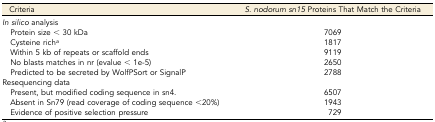
<table><thead><tr><td><b>Criteria</b></td><td><b><i>S. nodorum sn15</i> Proteins That Match the Criteria</b></td></tr></thead><tbody><tr><td><i>In silico</i> analysis</td><td></td></tr><tr><td> Protein size &lt; 30 kDa</td><td>7069</td></tr><tr><td> Cysteine rich<i><sup>a</sup></i></td><td>1817</td></tr><tr><td> Within 5 kb of repeats or scaffold ends</td><td>9119</td></tr><tr><td> No blasts matches in nr (evalue &lt; 1e-5)</td><td>2650</td></tr><tr><td> Predicted to be secreted by WolfPSort or SignalP</td><td>2788</td></tr><tr><td>Resequencing data</td><td></td></tr><tr><td> Present, but modified coding sequence in sn4.</td><td>6507</td></tr><tr><td> Absent in Sn79 (read coverage of coding sequence &lt;20%)</td><td>1943</td></tr><tr><td> Evidence of positive selection pressure</td><td>729</td></tr></tbody></table>